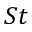
S t